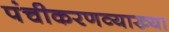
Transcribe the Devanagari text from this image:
पंचीकरणव्याख्या